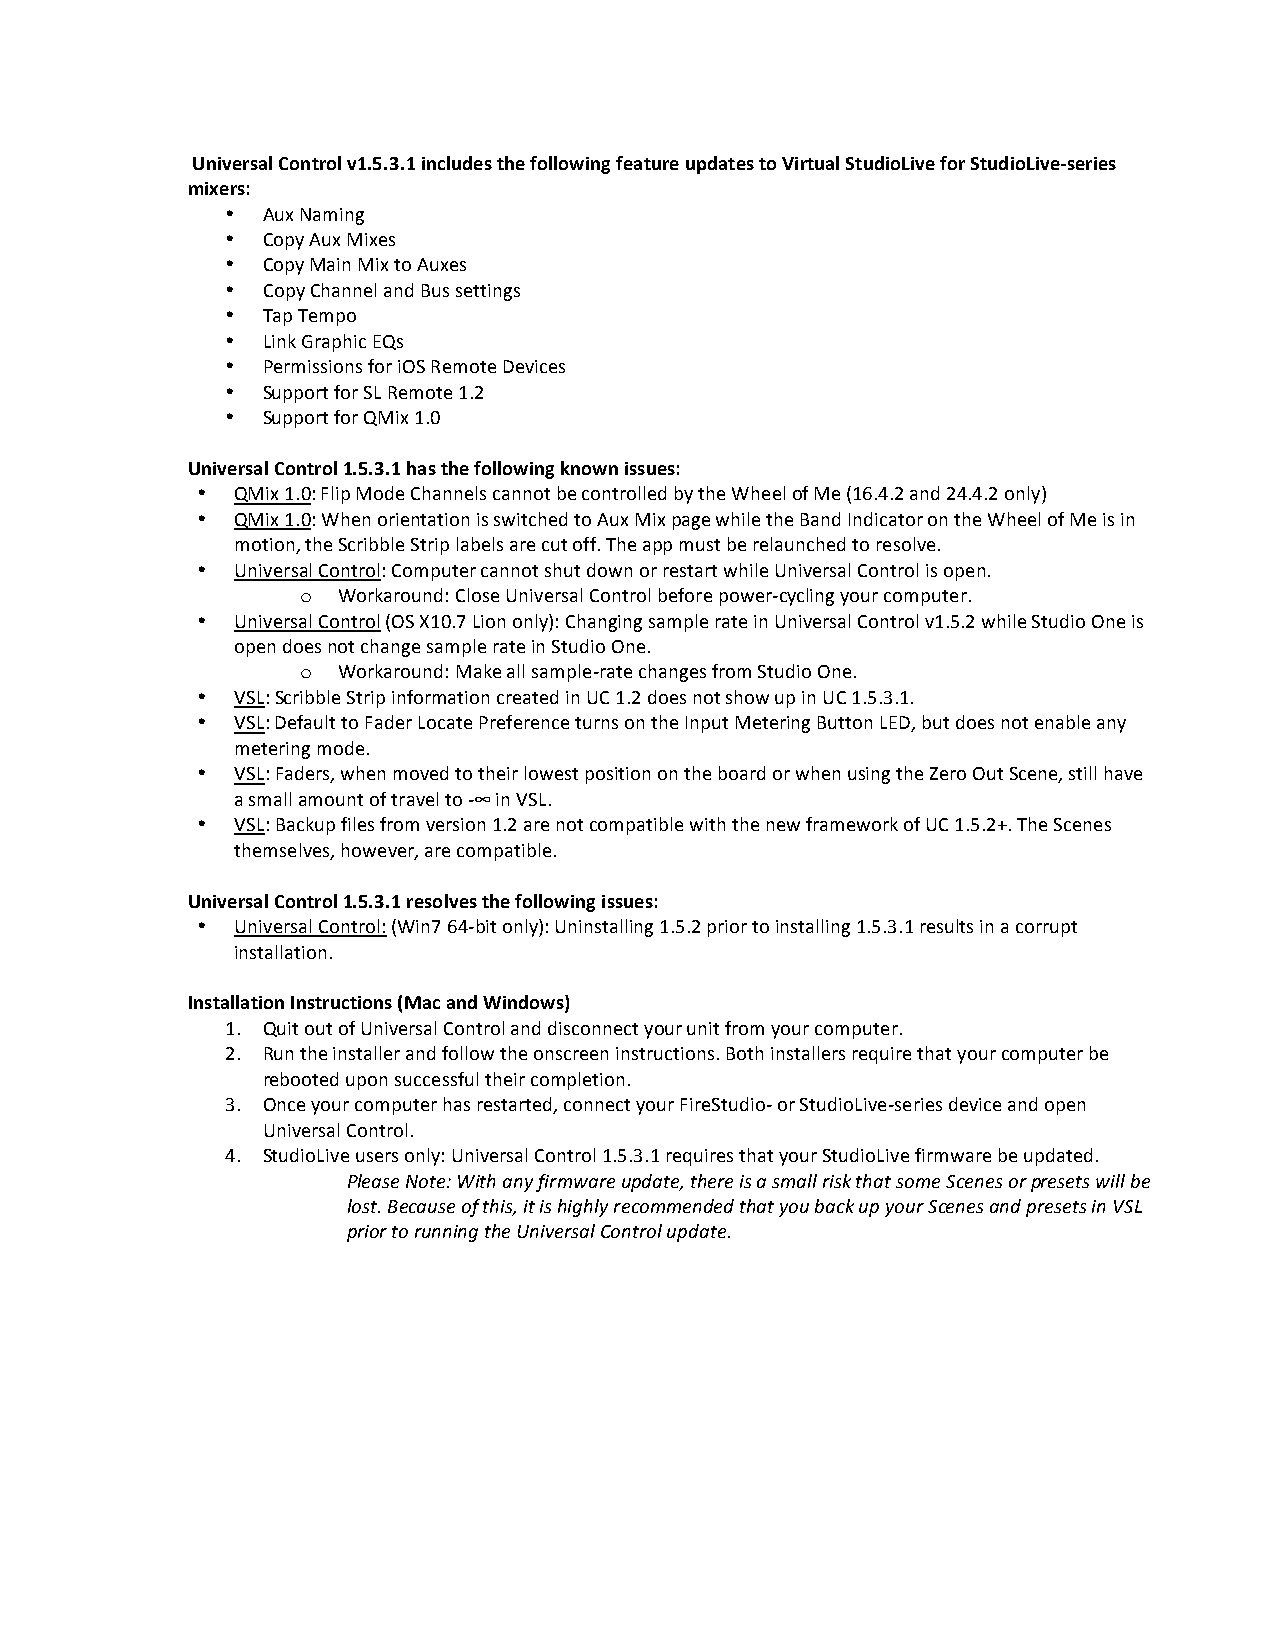
Universal Control v1.5.3.1 includes the following feature updates to Virtual StudioLive for StudioLive-­‐series
 mixers:
 • Aux Naming
 • Copy Aux Mixes
 • Copy Main Mix to Auxes
 • Copy Channel and Bus settings
 • Tap Tempo
 • Link Graphic EQs
 • Permissions for iOS Remote Devices
 • Support for SL Remote 1.2
 • Support for QMix 1.0
 Universal Control 1.5.3.1 has the following known issues:
 •  QMix 1.0: Flip Mode Channels cannot be controlled by the Wheel of Me (16.4.2 and 24.4.2 only)
 •  QMix 1.0: When orientation is switched to Aux Mix page while the Band Indicator on the Wheel of Me is in
 motion, the Scribble Strip labels are cut off. The app must be relaunched to resolve.
 •  Universal Control: Computer cannot shut down or restart while Universal Control is open.
 o Workaround: Close Universal Control before power-­‐cycling your computer.
 •  Universal Control (OS X10.7 Lion only): Changing sample rate in Universal Control v1.5.2 while Studio One is
 open does not change sample rate in Studio One.
 o Workaround: Make all sample-­‐rate changes from Studio One.
 •  VSL: Scribble Strip information created in UC 1.2 does not show up in UC 1.5.3.1.
 •  VSL: Default to Fader Locate Preference turns on the Input Metering Button LED, but does not enable any
 metering mode.
 •  VSL: Faders, when moved to their lowest position on the board or when using the Zero Out Scene, still have
 a small amount of travel to -­‐∞ in VSL.
 •  VSL: Backup files from version 1.2 are not compatible with the new framework of UC 1.5.2+. The Scenes
 themselves, however, are compatible.
 Universal Control 1.5.3.1 resolves the following issues:
 •  Universal Control: (Win7 64-­‐bit only): Uninstalling 1.5.2 prior to installing 1.5.3.1 results in a corrupt
 installation.
 Installation Instructions (Mac and Windows)
 1. Quit out of Universal Control and disconnect your unit from your computer.
 2. Run the installer and follow the onscreen instructions. Both installers require that your computer be
 rebooted upon successful their completion.
 3. Once your computer has restarted, connect your FireStudio-­‐ or StudioLive-­‐series device and open
 Universal Control.
 4. StudioLive users only: Universal Control 1.5.3.1 requires that your StudioLive firmware be updated.
 Please Note: With any firmware update, there is a small risk that some Scenes or presets will be
 lost. Because of this, it is highly recommended that you back up your Scenes and presets in VSL
 prior to running the Universal Control update.